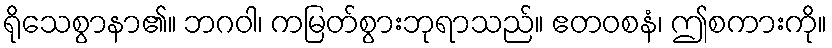
ရိုသေစွာနာ၏။ ဘဂဝါ၊ ကမြတ်စွားဘုရာသည်။ ဧတဝစနံ၊ ဤစကားကို။